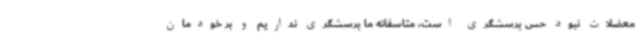
معضلات نبود حس پرسشگری است، متاسفانه ما پرسشگری نداریم و بر خودمان